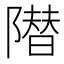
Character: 𱀱